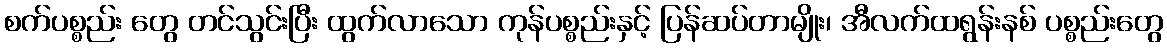
စက်ပစ္စည်း တွေ တင်သွင်းပြီး ထွက်လာသော ကုန်ပစ္စည်းနှင့် ပြန်ဆပ်တာမျိုး၊ အီလက်ထရွန်းနစ် ပစ္စည်းတွေ